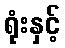
ရုံးနှင့်